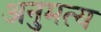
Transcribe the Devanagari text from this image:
अनुमत्य